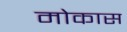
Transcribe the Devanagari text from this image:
मोकास